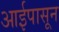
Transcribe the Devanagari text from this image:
आईपासून